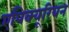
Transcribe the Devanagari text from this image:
एपिक्यूरियन